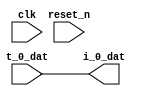
// address decoder for the permutation network
// consumes destination address and produces source address

module perm_full_addr_dat_1_1 (
    input  [67:0] t_0_dat,
    output [67:0] i_0_dat,
    input clk, reset_n
);

assign i_0_dat = t_0_dat;

endmodule